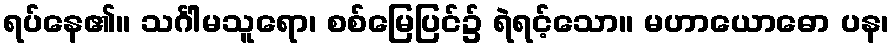
ရပ်နေ၏။ သင်္ဂါမသူရော၊ စစ်မြေပြင်၌ ရဲရင့်သော။ မဟာယောဓော ပန၊